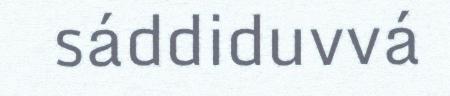
sáddiduvvá